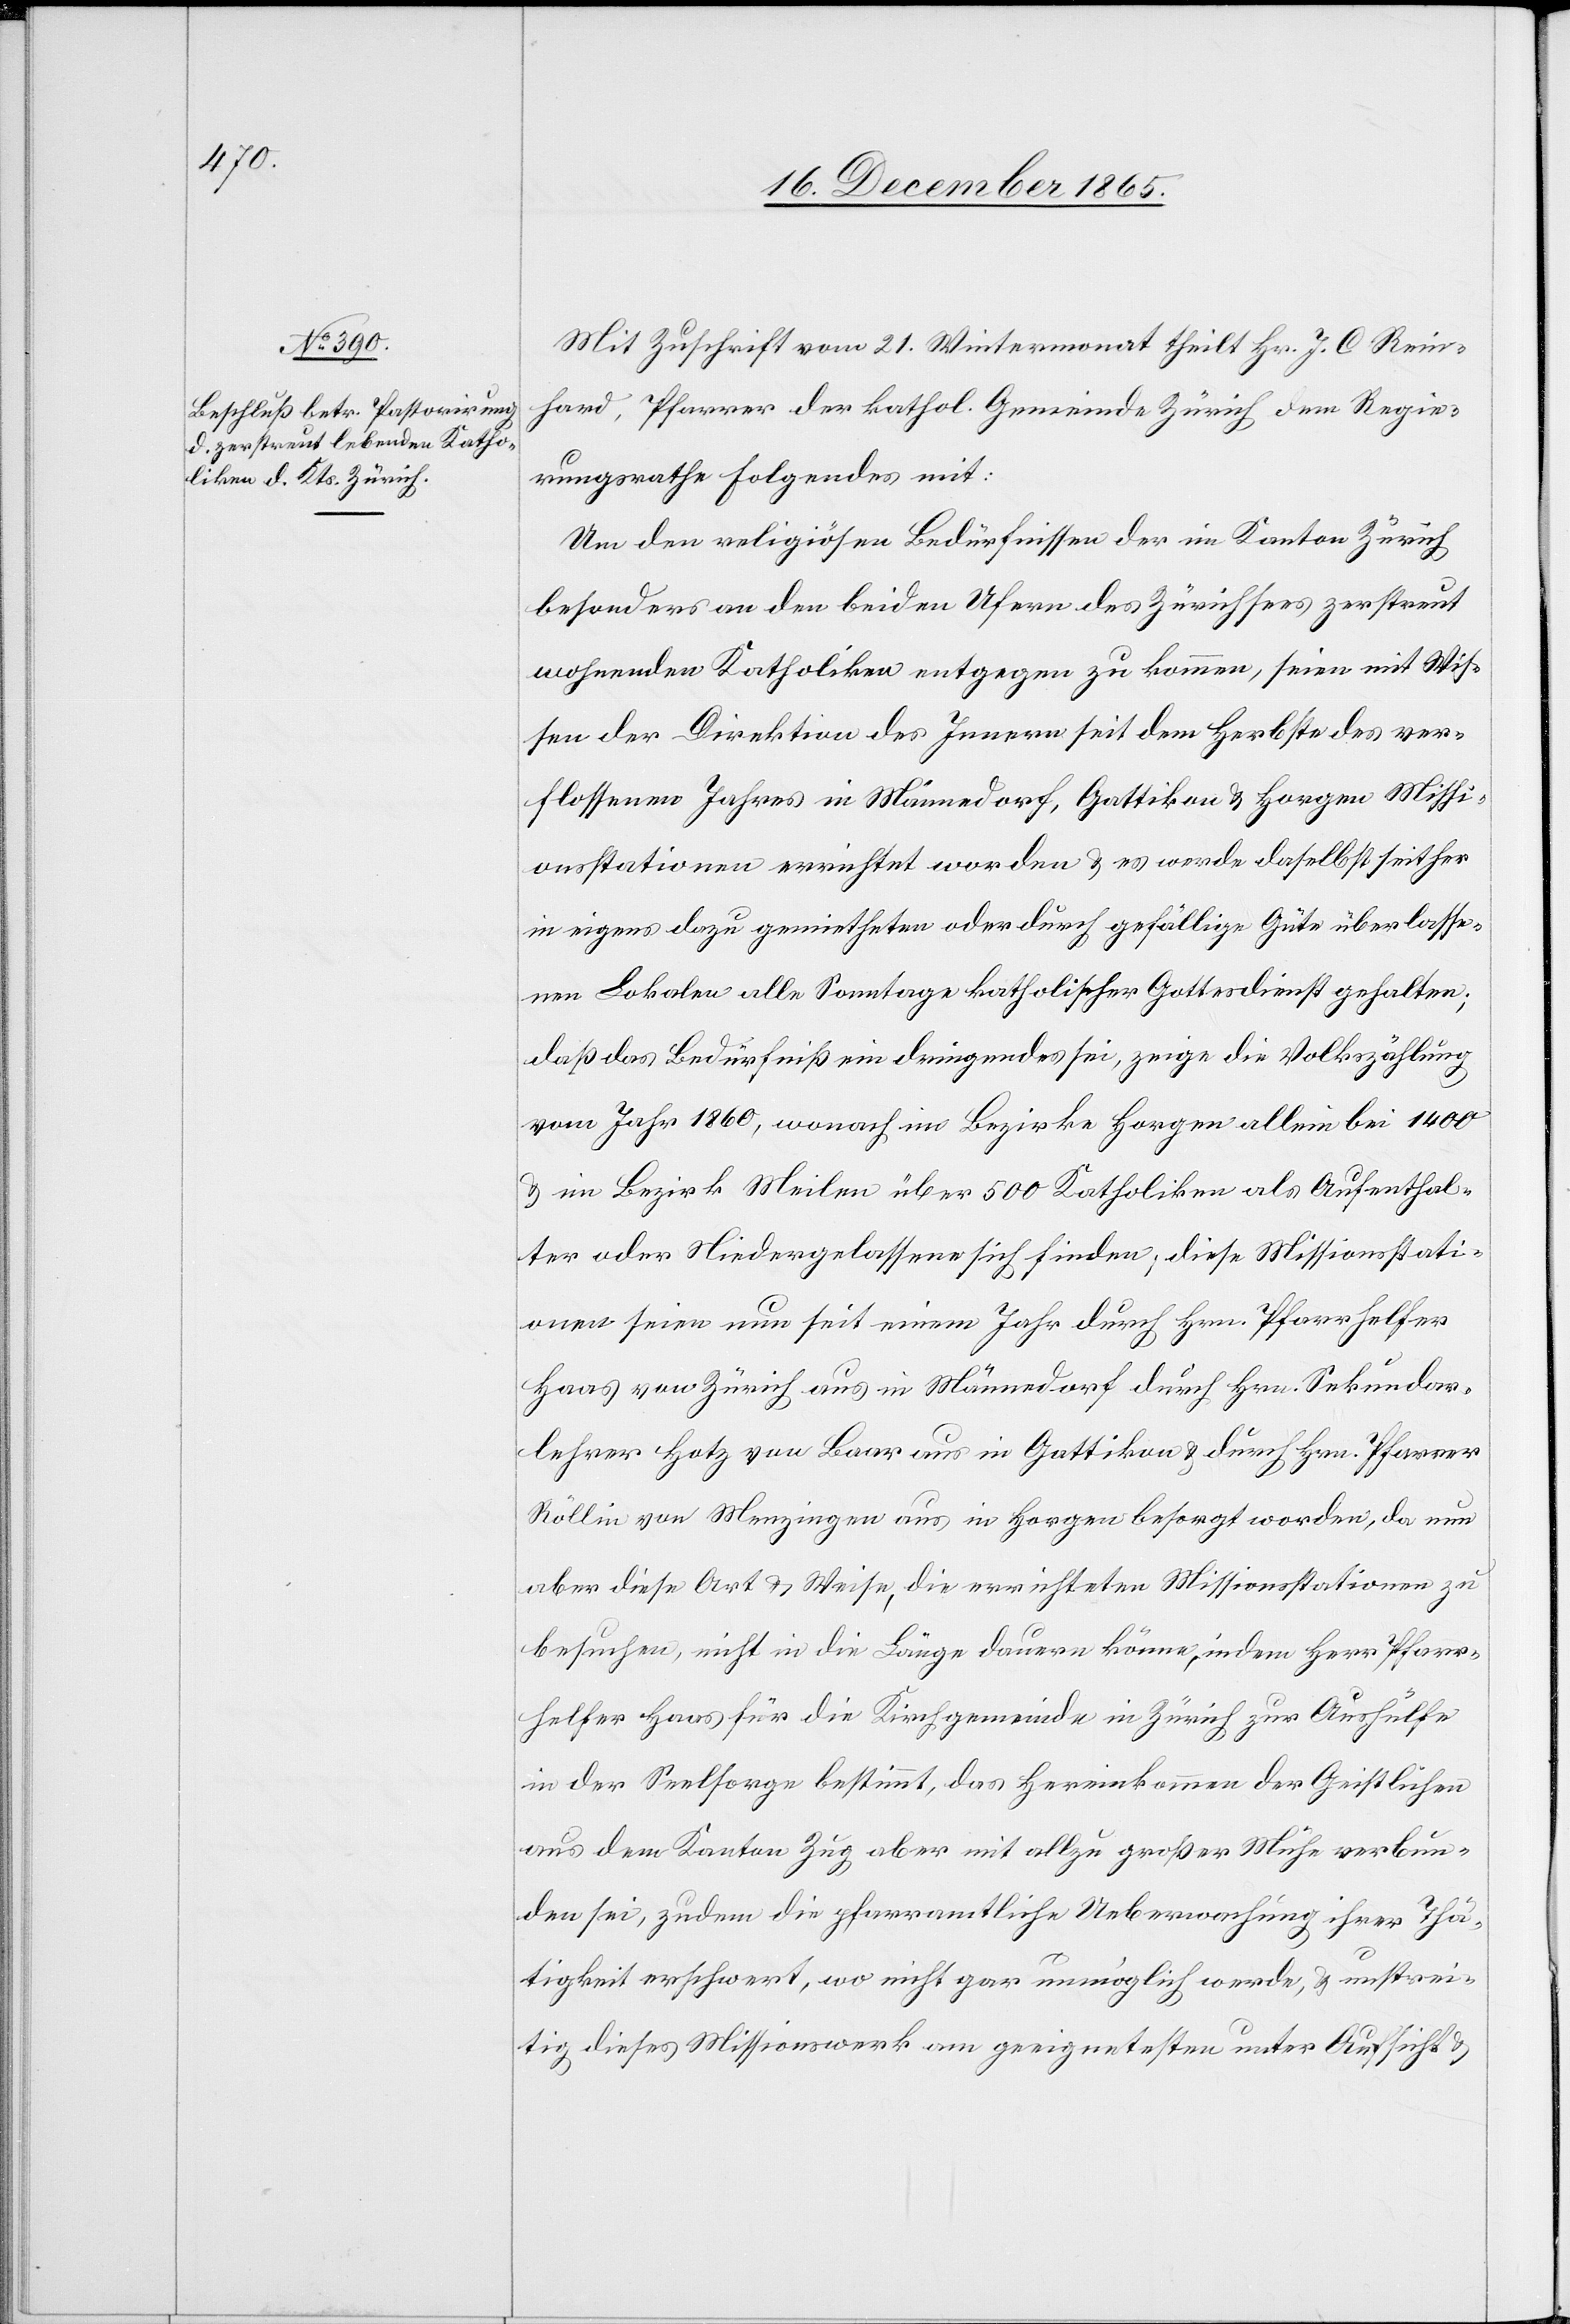
1400

Mit Zuschrift vom 21. Wintermonat theilt Hr. J. C. Rein¬
hard, Pfarrer der kathol. Gemeinde Zürich dem Regie¬
rungsrath Folgendes mit:
Um den religiösen Bedürfnissen der im Kanton Zürich
besonders an den beiden Ufern des Zürichsees zerstreut
wohnenden Katholiken entgegen zu kommen, seien mit Wis¬
sen der Direktion des Innern seit dem Herbste des ver¬
flossenen Jahres in Männedorf, Gattikon & Horgen Missi¬
onsstationen errichtet worden & es werde daselbst seither
in eigens dazu gerichteten oder durch gefällige Güte überlasse¬
nen Lokalen alle Sonntage katholischer Gottesdienst gehalten:
daß das Bedürfniß ein dringendes sei, zeige die Volkszählung
vom Jahr 1860, wonach im Bezirke Horgen allein bei [sic!]
& im Bezirk Meilen über 500 Katholiken als Aufenthal¬
ter oder Niedergelassene sich finde; diese Missionsstati¬
onen seien neu seit einem Jahr durch Hrn. Pfarrhelfer
Haas von Zürich aus in Männedorf durch Hrn. Sekundar¬
lehrer Hotz von Baar aus in Gattikon & durch Hrn. Pfarrer
Röllin von Menzingen aus in Horgen besorgt worden, da nun
aber diese Art & Weise, die errichteten Missionsstationen zu
besuchen, nicht in die Länge dauern könne, indem Herr Pfarr¬
helfer Haas für die Kirchgemeinde Zürich zur Aushülfe
in der Seelsorge bestimmt, das Hereinkommen der Geistlichen
aus dem Kanton Zug aber mit allzu großer Mühe verbun¬
den sei, zudem die pfarramtliche Ueberwachung ihrer Thä¬
tigkeit erschwert, wo nicht gar unmöglich werde, & unstrei¬
tig dieses Missionswerk am geeignetsten unter Aufsicht &